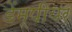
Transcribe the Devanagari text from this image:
डेंम्पीयर